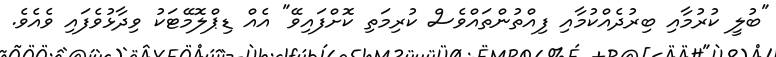
"ބުލީ ކުރުމާއި ބިރުދެއްކުމާއި ފިއްތުންތައްވެސް ކުރިމަތި ކޮށްފައިވޭ" އެއް ޑިޕްލޮމޭޓަކު ވިދާޅުވެފައި ވެއެވެ.